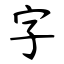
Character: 字